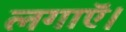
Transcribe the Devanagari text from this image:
लगाऍ।